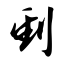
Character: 刭